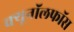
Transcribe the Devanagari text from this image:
क्यूनॉलफॉस